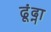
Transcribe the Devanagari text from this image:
ढूंढ्ना